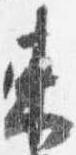
束